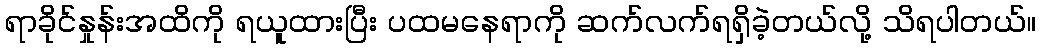
ရာခိုင်နှုန်းအထိကို ရယူထားပြီး ပထမနေရာကို ဆက်လက်ရရှိခဲ့တယ်လို့ သိရပါတယ်။